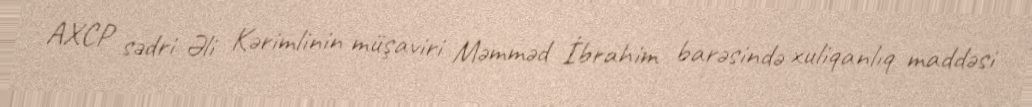
AXCP sədri Əli Kərimlinin müşaviri Məmməd İbrahim barəsində xuliqanlıq maddəsi